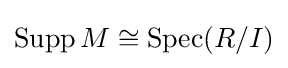
\operatorname {Supp} M\cong \operatorname {Spec} (R/I)